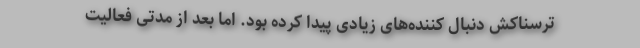
ترسناکش دنبال کننده‌های زیادی پیدا کرده بود. اما بعد از مدتی فعالیت